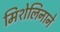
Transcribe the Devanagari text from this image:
मिशेलिनाने